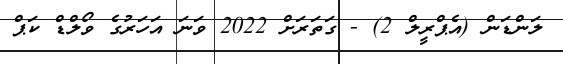
ލަންޑަން (އެޕްރީލް 2) - ގަތަރަށް 2022 ވަނަ އަހަރުގެ ވޯލްޑް ކަޕް